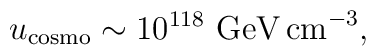
u_{\rm cosmo}\sim 10^{118} \mbox{ GeV\,cm}^{-3},